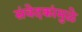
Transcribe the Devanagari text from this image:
संवेदकांमुळे